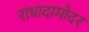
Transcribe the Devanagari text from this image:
राधादामोदर